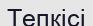
Тепкісі